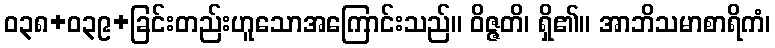
ဝ၃၈+၀၃၉+ခြင်းတည်းဟူသောအကြောင်းသည်။ ဝိဇ္ဇတိ၊ ရှိ၏။ အာဘိသမာစာရိကံ၊